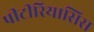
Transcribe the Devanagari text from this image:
पीटीरियासिस